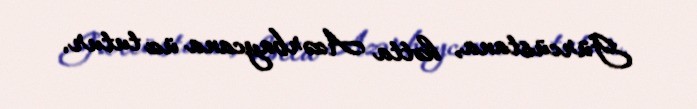
Gürcüstana, hətta Azərbaycana üz tutur.